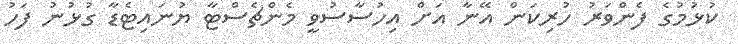
ކުޅުމުގެ ފެންވަރު ހުރިކަން އޭނާ އަށް އިހުސާސުވީ މެންޗެސްޓާ ޔުނައިޓެޑާ ގުޅުނު ފަހު